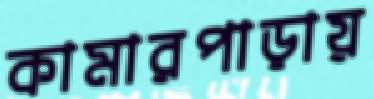
কামারপাড়ায়